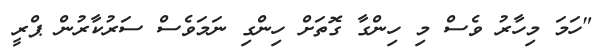
"ހަމަ މިހާރު ވެސް މި ހިންގާ ގޮތަށް ހިންގި ނަމަވެސް ސަރުކާރުން ޕްރީ